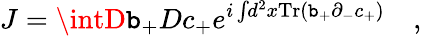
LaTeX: J=\intD\mathtt{b}_{+}Dc_{+}e^{i\int\! d^{2}x\mathrm{{Tr}}(\mathtt{b}_{+}\partial_{-}c_{+})}\quad,